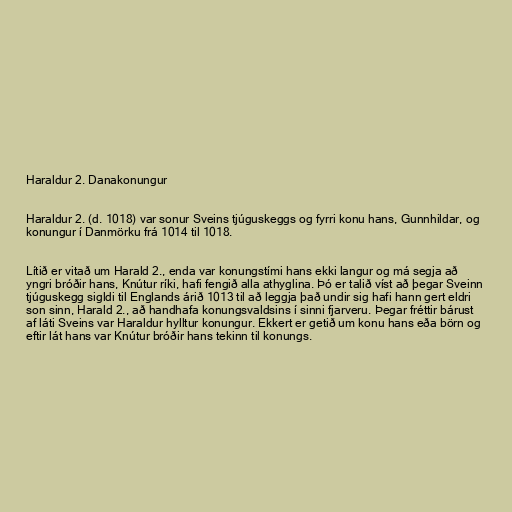
Haraldur 2. Danakonungur

Haraldur 2. (d. 1018) var sonur Sveins tjúguskeggs og fyrri konu hans, Gunnhildar, og
konungur í Danmörku frá 1014 til 1018.

Lítið er vitað um Harald 2., enda var konungstími hans ekki langur og má segja að
yngri bróðir hans, Knútur ríki, hafi fengið alla athyglina. Þó er talið víst að þegar Sveinn
tjúguskegg sigldi til Englands árið 1013 til að leggja það undir sig hafi hann gert eldri
son sinn, Harald 2., að handhafa konungsvaldsins í sinni fjarveru. Þegar fréttir bárust
af láti Sveins var Haraldur hylltur konungur. Ekkert er getið um konu hans eða börn og
eftir lát hans var Knútur bróðir hans tekinn til konungs.